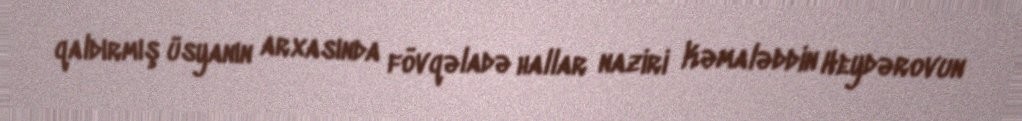
qaldırmış üsyanın arxasında fövqəladə hallar naziri Kəmaləddin Heydərovun